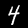
Label: 4